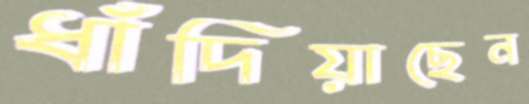
ধাঁদিয়াছেন